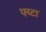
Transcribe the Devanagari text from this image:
फ्य्टा